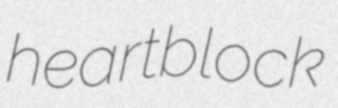
heartblock